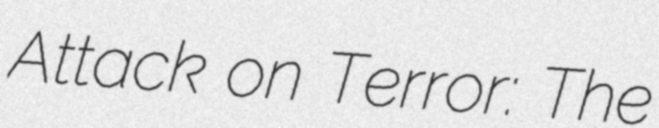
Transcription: Attack on Terror: The